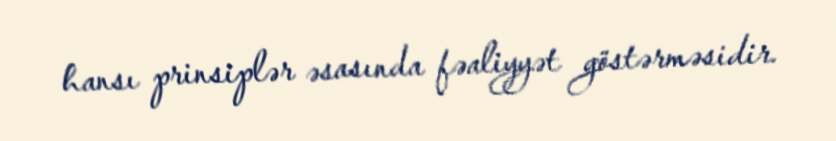
hansı prinsiplər əsasında fəaliyyət göstərməsidir.